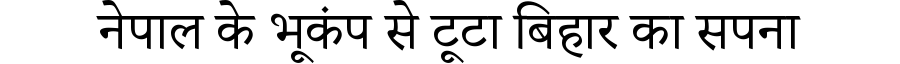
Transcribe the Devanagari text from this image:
नेपाल के भूकंप से टूटा बिहार का सपना